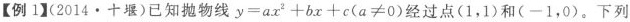
【例1】(2014·十堰)已知抛物线$$y=ax^{2}+bx+c(a≠0)$$经过点(1，1)和(-1，0)。下列